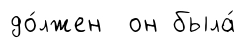
до́лжен он была́